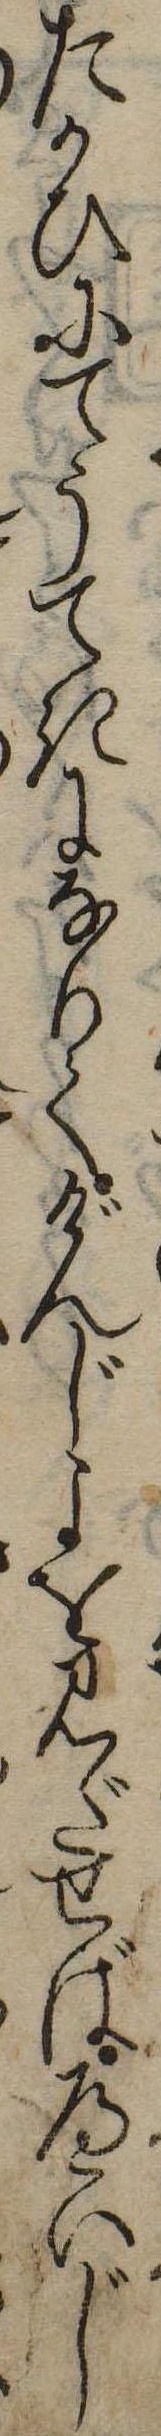
たかひにてうてきになりてげんじよをみだせばへいじ